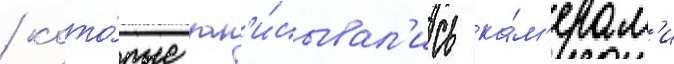
/ кото́рые зап'и́сывал'ись ка́м'ерам'и